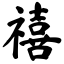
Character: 禧